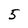
Character: 5